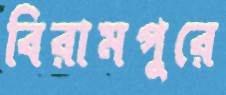
বিরামপুরে